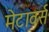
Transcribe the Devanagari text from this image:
मेटावर्स